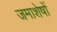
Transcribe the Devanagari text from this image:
जमाशेषों